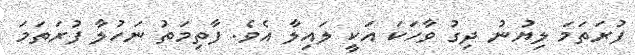
ފުރަތަމަ ލިޔުނު ދިގު ވާހަކަ އަކީ ލައިލާ އެވެ. ފާތިމަތު ނަހުލާ ފުރަތަމަ